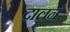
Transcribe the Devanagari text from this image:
दालनं